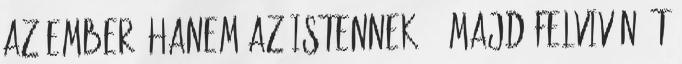
az ember, hanem az Istennek 5. Majd felvivén Őt